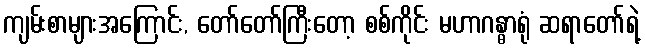
ကျမ်းစာများအကြောင်း, တော်တော်ကြီးတော့ စစ်ကိုင်း မဟာဂန္ဓာရုံ ဆရာတော်ရဲ့